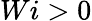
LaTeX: Wi>0